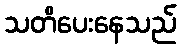
သတိပေးနေသည်